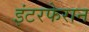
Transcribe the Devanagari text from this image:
इंटरफेरान